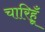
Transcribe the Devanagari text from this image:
चारिहूँ